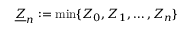
\underline { { Z } } _ { n } : = \operatorname* { m i n } \{ Z _ { 0 } , Z _ { 1 } , \ldots , Z _ { n } \}